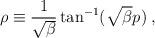
LaTeX: \begin{align*}\rho \equiv \frac{1}{\sqrt{\beta}} \tan^{-1}(\sqrt{\beta}p) \;,\end{align*}